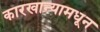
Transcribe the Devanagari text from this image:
कारखान्यामधून